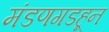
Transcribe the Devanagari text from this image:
मंडणगडहून